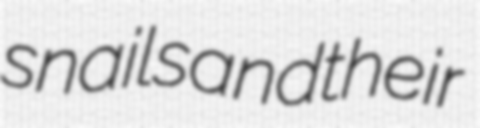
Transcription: snails and their